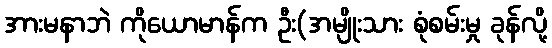
အားမနာဘဲ ကိုယောမာန်က ဦး(အမျိုးသား စုံစမ်းမှု ခုန်လို့